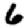
Digit: 6